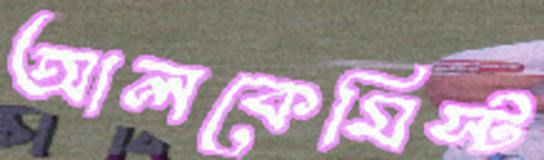
আলকেমিস্ট